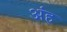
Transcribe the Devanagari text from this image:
अंह